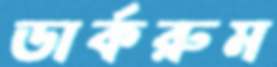
ডার্করুম